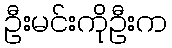
ဦးမင်းကိုဦးက